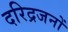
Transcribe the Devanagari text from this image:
दरिद्रजनों